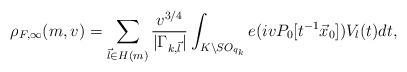
LaTeX: \begin{align*}\rho_{F,\infty}(m,v)= \sum_{\vec{l}\in H(m)} \frac{v^{3/4}}{|\Gamma_{k,\vec{l}}|} \int_{K \backslash SO_{q_k}} e(ivP_0[t^{-1}\vec{x}_0]) V_{l}(t) dt, \end{align*}